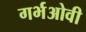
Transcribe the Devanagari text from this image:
गर्भओवी